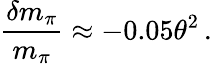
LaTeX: \frac{\delta m_{\pi}}{m_{\pi}}\approx-0.05\theta^{2}\, .